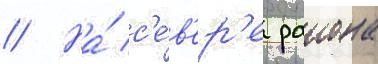
// На́ с'е́в'ер'е раиона